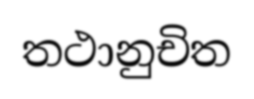
තථානුචිත